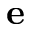
\mathbf { e }